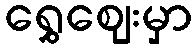
ရွှေဈေးမှာ